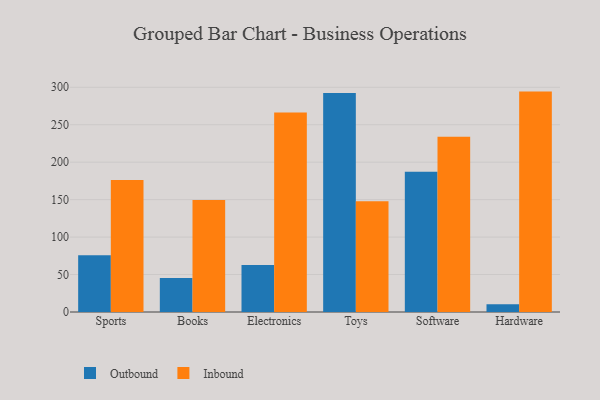
{"axis": {"x": "Category", "y": "Page Views"}, "legend": ["Inbound", "Outbound"], "data": [{"x": "Sports", "y": 75.9, "type": "Outbound"}, {"x": "Sports", "y": 176.3, "type": "Inbound"}, {"x": "Books", "y": 45.5, "type": "Outbound"}, {"x": "Books", "y": 149.5, "type": "Inbound"}, {"x": "Electronics", "y": 62.6, "type": "Outbound"}, {"x": "Electronics", "y": 266.3, "type": "Inbound"}, {"x": "Toys", "y": 292.4, "type": "Outbound"}, {"x": "Toys", "y": 148.0, "type": "Inbound"}, {"x": "Software", "y": 187.2, "type": "Outbound"}, {"x": "Software", "y": 233.8, "type": "Inbound"}, {"x": "Hardware", "y": 10.5, "type": "Outbound"}, {"x": "Hardware", "y": 294.2, "type": "Inbound"}]}